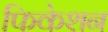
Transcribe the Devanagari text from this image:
फिकेशन